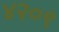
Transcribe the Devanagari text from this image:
४२०९